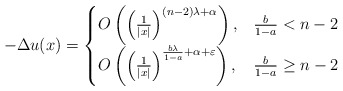
\begin{align*} -\Delta u(x)= \begin{cases} O\left( \left(\frac{1}{|x|}\right)^{(n-2)\lambda+\alpha}\right), &\frac{b}{1-a}<n-2\\ O\left( \left(\frac{1}{|x|}\right)^{\frac{b\lambda}{1-a}+\alpha+\varepsilon}\right), &\frac{b}{1-a}\ge n-2 \end{cases} \end{align*}